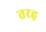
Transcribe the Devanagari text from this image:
तरह़